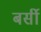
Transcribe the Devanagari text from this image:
बर्सी